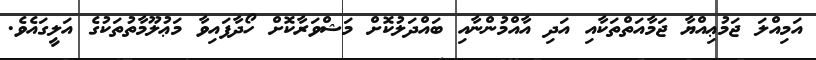
އަމިއްލަ ޖަމުޢިއްޔާ ޖަމާއަތްތަކާއި އަދި އާއްމުންނާއި ބައްދަލުކޮށް މަޝްވަރާކޮށް ހޯދާފައިވާ މަޢުލޫމާތުތަކުގެ އަލީގައެވެ.